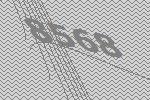
8568